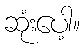
ဆုံးပေါ့။